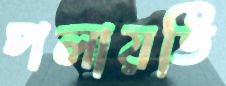
পলায়তি